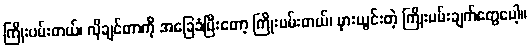
ကြိုးပမ်းတယ်၊ လိုချင်တာကို အခြေခံပြီးတော့ ကြိုးပမ်းတယ်၊ မှားယွင်းတဲ့ ကြိုးပမ်းချက်တွေပေါ့။